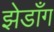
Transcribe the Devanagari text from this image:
झेडाँग